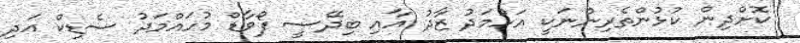
ކޮށްދިން ކުޅުންތެރިންނަކީ އަހުމަދު ޒާދު އާއި ބިދޭސީ ފޯވާޑް މުހައްމަދު ސެޑިކް އަދި